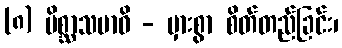
(၈) မိစ္ဆာသမာဓိ - မှားစွာ စိတ်တည်ခြင်း၊